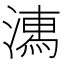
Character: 𣽉